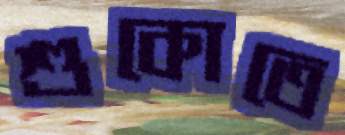
শুকোতে